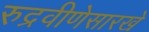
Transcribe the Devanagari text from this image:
रुद्रवीणेसारखे